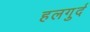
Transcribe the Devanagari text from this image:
हलगुर्द